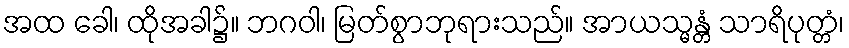
အထ ခေါ၊ ထိုအခါ၌။ ဘဂဝါ၊ မြတ်စွာဘုရားသည်။ အာယသ္မန္တံ သာရိပုတ္တံ၊